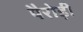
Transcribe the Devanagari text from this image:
पैरोड़ी